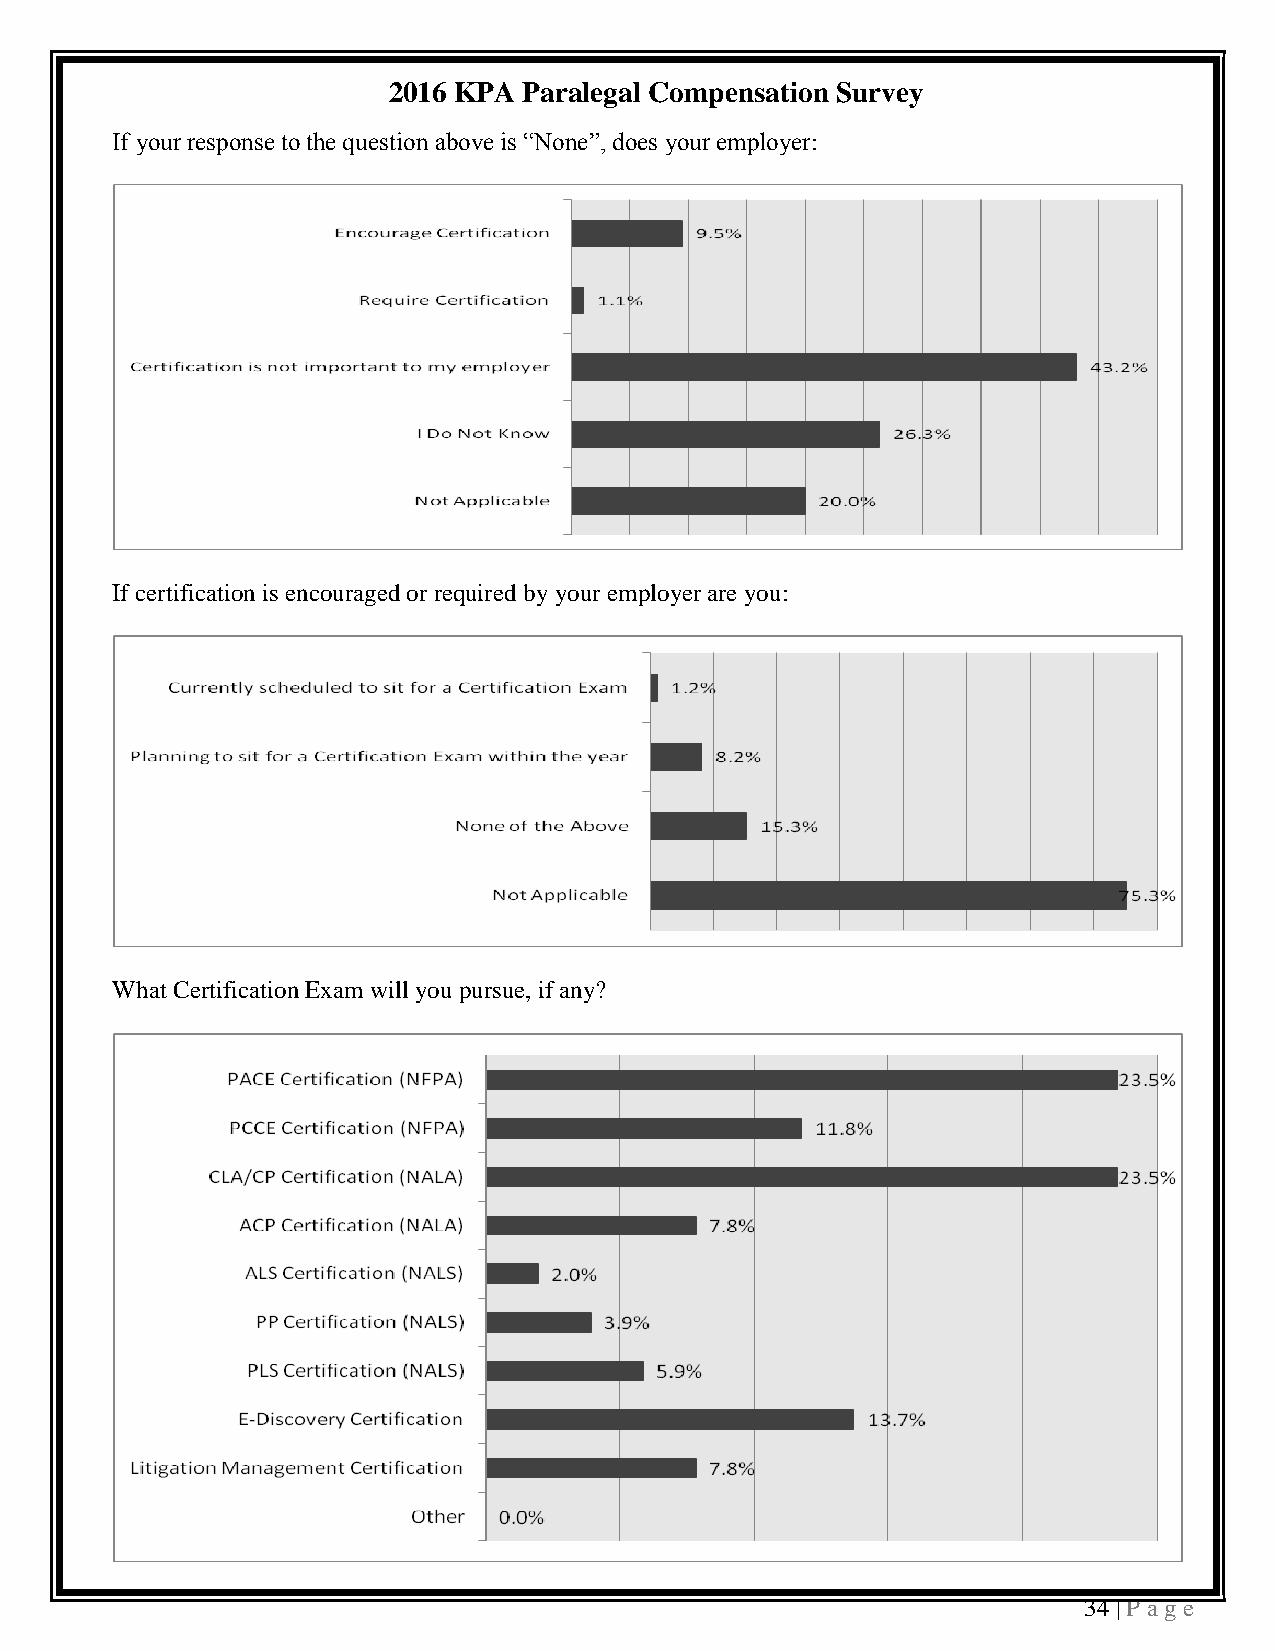
2016 KPA Paralegal Compensation Survey
 If your response to the question above is “None”, does your employer:
 If certification is encouraged or required by your employer are you:
 What Certification Exam will you pursue, if any?
 34 | P a ge